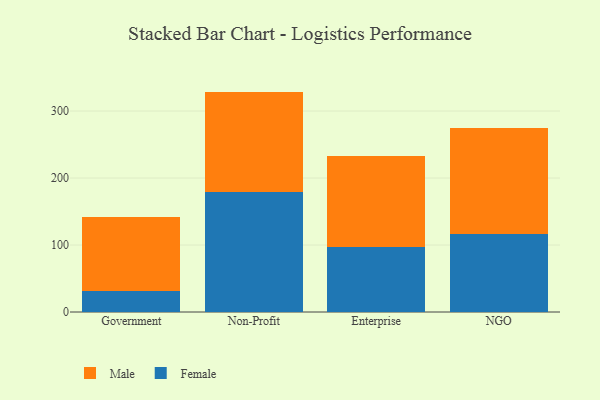
{"axis": {"x": "Segment", "y": "Website Visitors"}, "legend": ["Female", "Male"], "data": [{"x": "Government", "y": 31.3, "type": "Female"}, {"x": "Government", "y": 111.2, "type": "Male"}, {"x": "Non-Profit", "y": 179.4, "type": "Female"}, {"x": "Non-Profit", "y": 149.6, "type": "Male"}, {"x": "Enterprise", "y": 97.3, "type": "Female"}, {"x": "Enterprise", "y": 136.3, "type": "Male"}, {"x": "NGO", "y": 116.7, "type": "Female"}, {"x": "NGO", "y": 158.1, "type": "Male"}]}